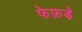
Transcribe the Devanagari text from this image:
फेफ़ड़े